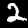
Digit: 2